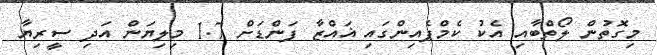
މިގޮތުން ލޯތްބާއި އެކު ކެމްޕެއިންގައި ޣައްޒާ ފަންޑަށް 1.7 މިލިޔަން އަދި ސީރިޔާ